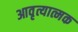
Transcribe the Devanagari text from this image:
आवृत्यात्मक